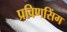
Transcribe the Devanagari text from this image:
प्रविणसिंग